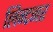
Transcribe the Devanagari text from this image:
लिन्टनर